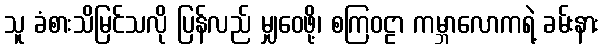
သူ ခံစားသိမြင်သလို ပြန်လည် မျှဝေဖို့၊ စကြဝဠာ ကမ္ဘာလောကရဲ့ ခမ်းနား